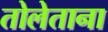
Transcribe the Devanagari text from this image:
तोलेताना